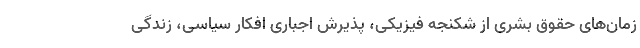
زمان‌های حقوق بشری از شکنجه‌ فیزیکی، پذیرش اجباری افکار سیاسی، زندگی